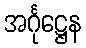
အင်္ဂုဋ္ဌေန